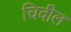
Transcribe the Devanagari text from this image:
चिवील